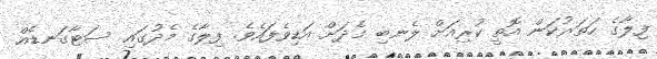
ފިލާގެ ހަތަރުކަން އޮތީ ކުރިއަށް ލެނބި މެދަށް އަޑިވެފައެވެ. ފިލާގެ މެދުގައި ސަޓާގަނޑެއް